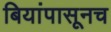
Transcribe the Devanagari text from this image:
बियांपासूनच